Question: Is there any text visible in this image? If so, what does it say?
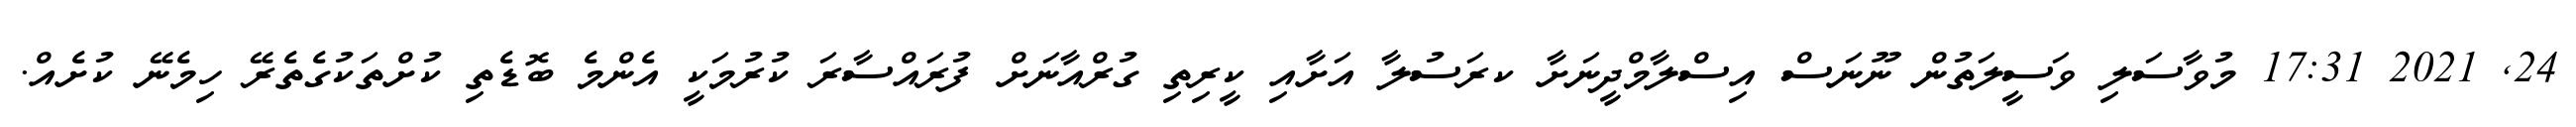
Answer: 24, 2021 17:31 މުވާސަލި ވަސީލަތުން ނޫނަސް އިސްލާމްދީނަށާ ކރަސުލާ އަށާއި ކީރިތި ގުރްއާނަށް ފުރައްސާރަ ކުރުމަކީ އެންމެ ބޮޑެތި ކުށްތަކުގެތެރޭ ހިމެނޭ ކުށެއް.